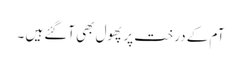
آم کے درخت پر پھول بھی آگئے ہیں ۔